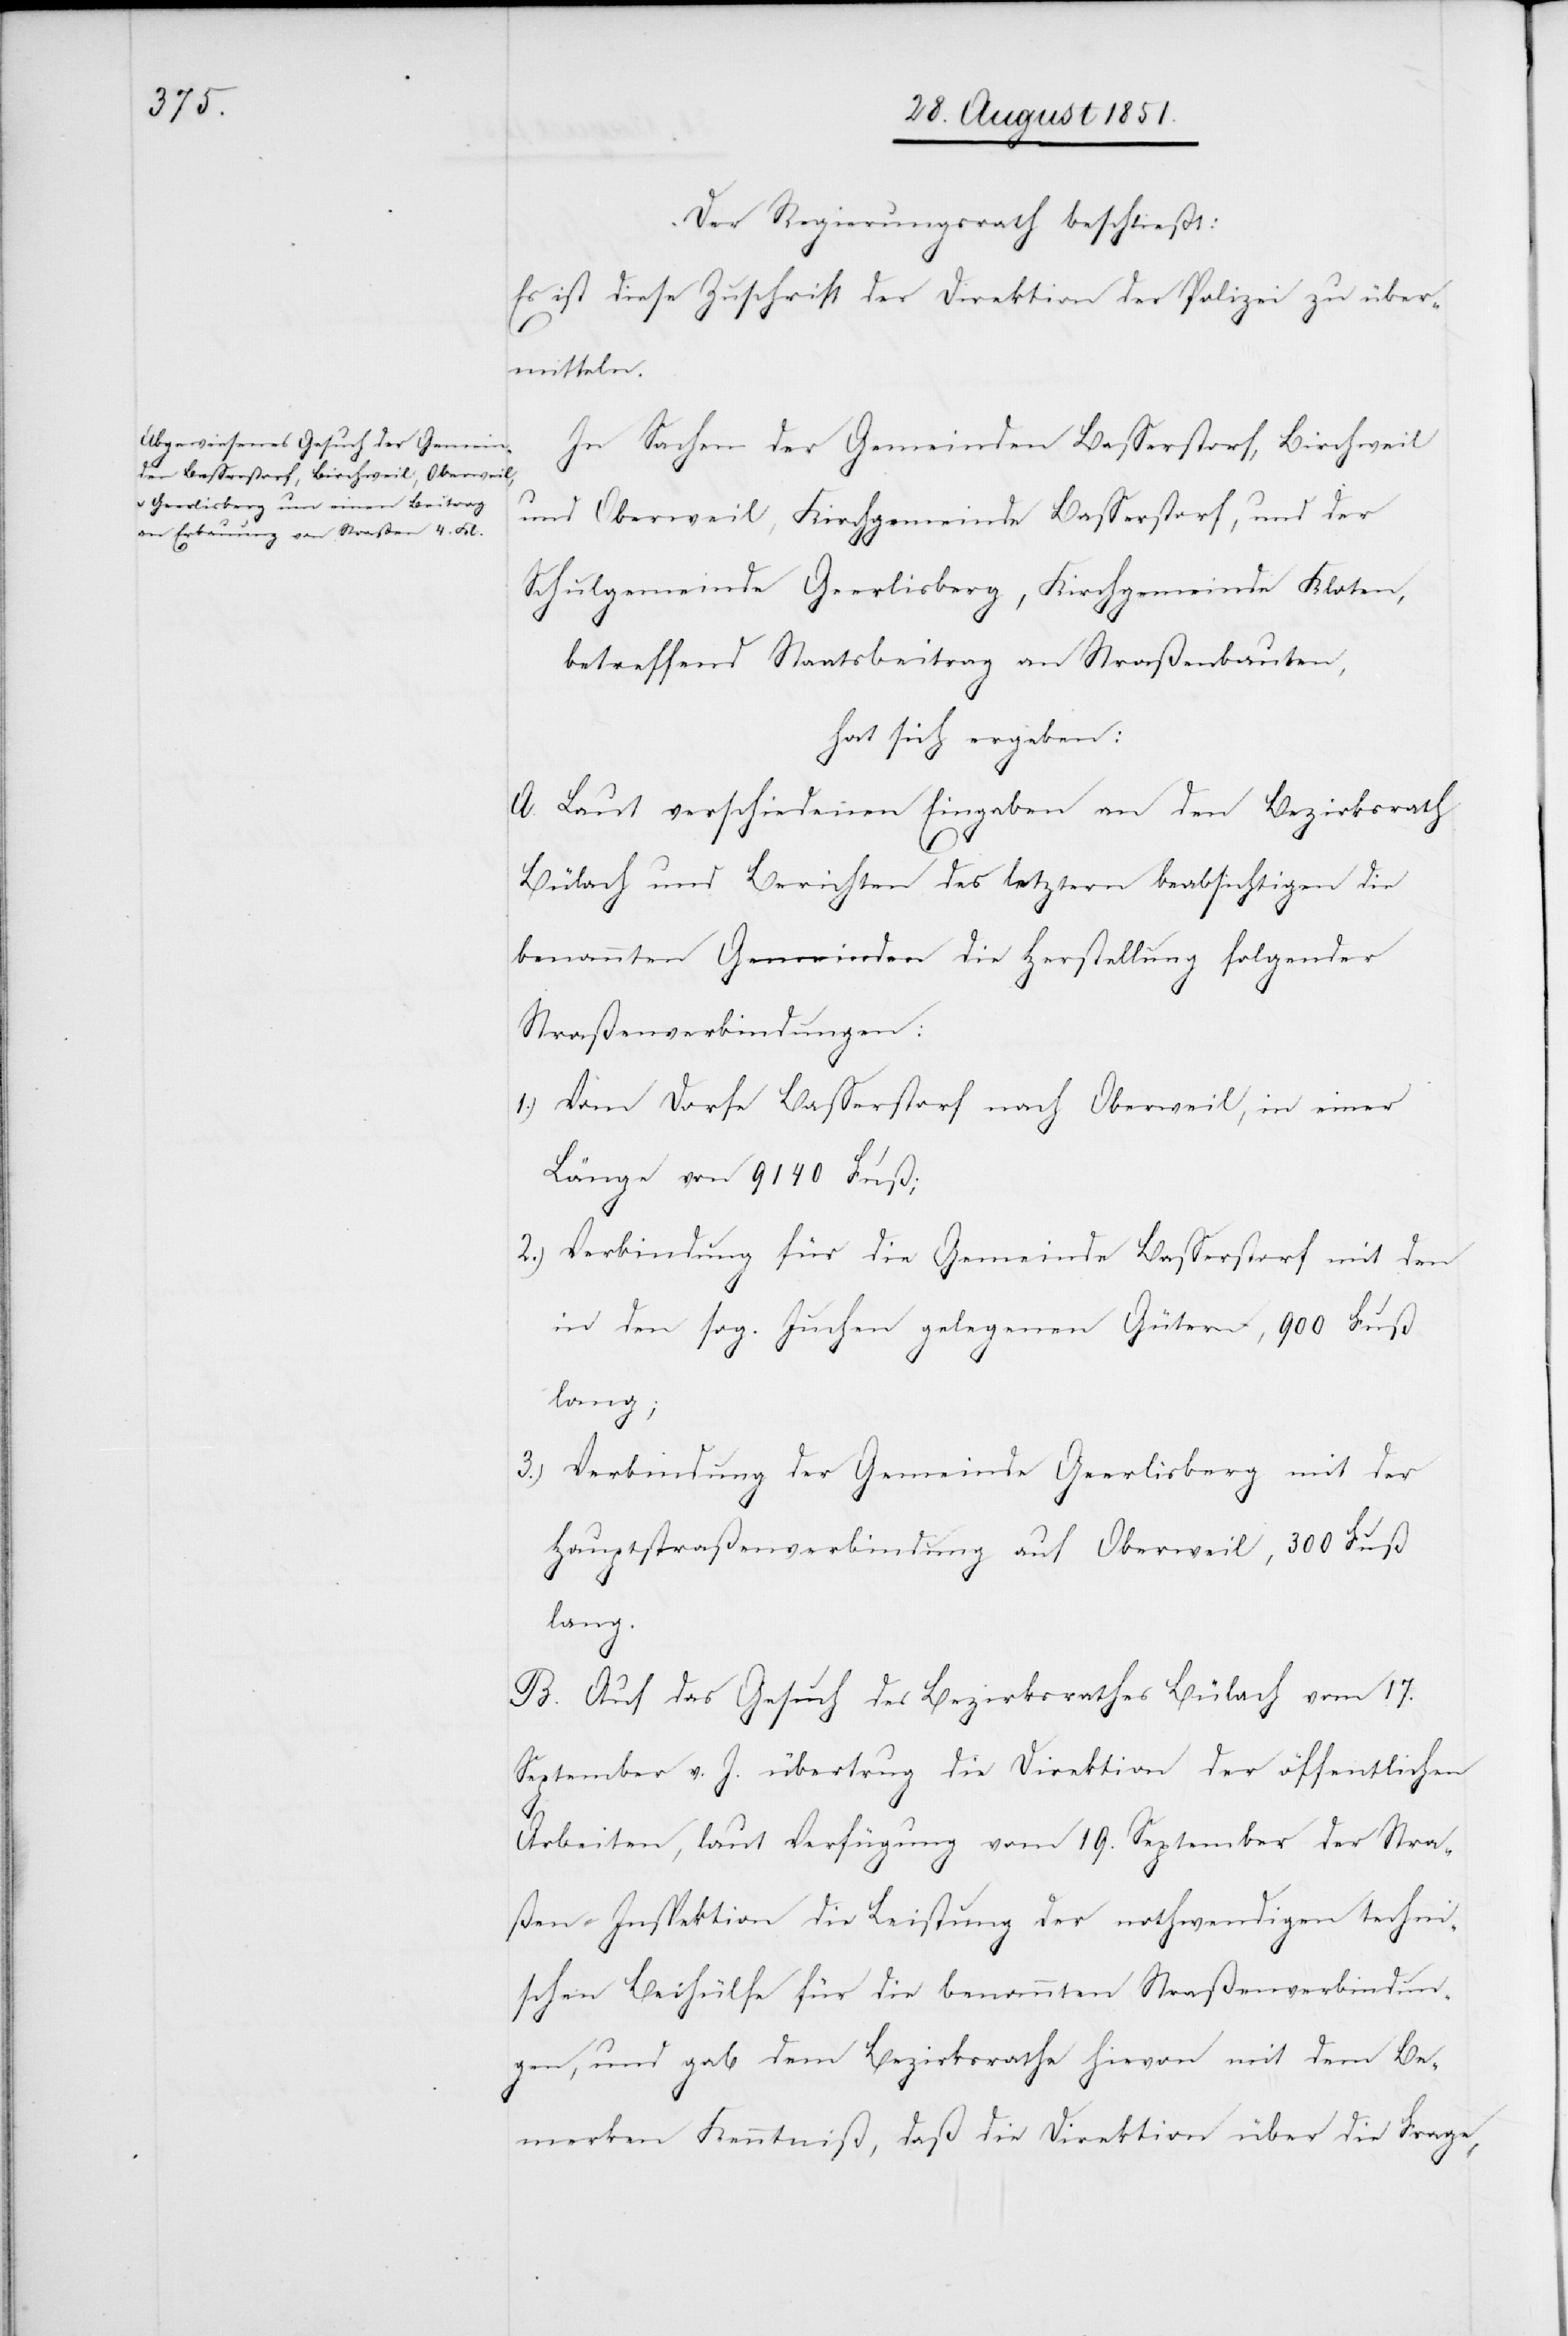
Der Regierungsrath beschließt:
Es ist diese Zuschrift der Direktion der Polizei zu über¬
mitteln.
In Sachen der Gemeinden Basserstorf, Birchweil
und Oberweil, Kirchgemeinde Basserstorf, und der
Schulgemeinde Geerlisberg, Kirchgemeinde Kloten,
betreffend Staatsbeitrag an Straßenbauten,
hat sich ergeben:
A. Laut verschiedenen Eingaben an den Bezirksrath
Bülach und Berichten des letztern beabsichtigen die
benannten Gemeinden die Herstellung folgender
Straßenverbindungen:
Vom Dorfe Basserstorf nach Oberweil, in einer
Länge von 9140 Fuß;
Verbindung für die Gemeinde Basserstorf mit den
in den sog. Juchen gelegenen Gütern, 900 Fuß
lang;
Verbindung der Gemeinde Geerlisberg mit der
Hauptstraßenverbindung auf Oberweil, 300 Fuß
lang.
B. Auf das Gesuch des Bezirksrathes Bülach vom 17.
September v. J. übertrug die Direktion der öffentlichen
Arbeiten, laut Verfügung vom 19. September der Stra¬
ßen-Inspektion die Leistung der nothwendigen techni¬
schen Beihülfe für die benannten Straßenverbindun¬
gen, und gab dem Bezirksrathe hievon mit dem Be¬
merken Kenntniß, daß die Direktion über die Frage,